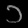
Digit: ၁